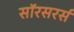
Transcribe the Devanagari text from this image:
सॉरसरर्स